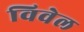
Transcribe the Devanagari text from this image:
विवेल